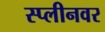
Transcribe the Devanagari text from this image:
स्प्लीनवर